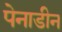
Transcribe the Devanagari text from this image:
पेनाडीन